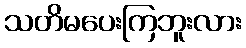
သတိမပေးကြဘူးလား